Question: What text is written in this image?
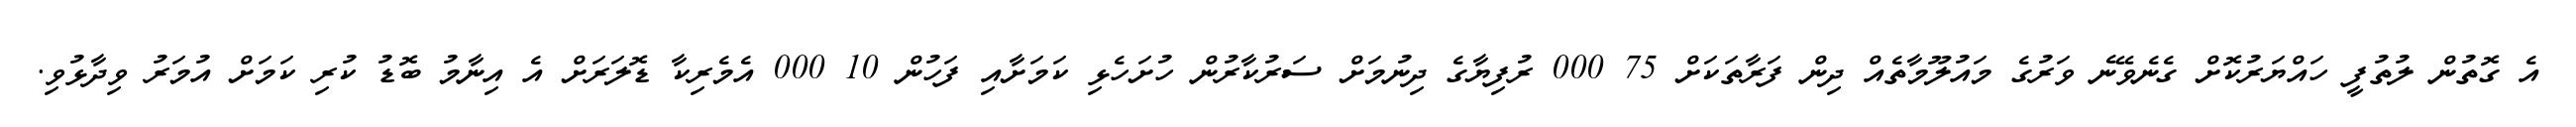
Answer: އެ ގޮތުން ލުތުފީ ހައްޔަރުކޮށް ގެނެވޭނެ ވަރުގެ މައުލޫމާތެއް ދިން ފަރާތަކަށް 75 000 ރުފިޔާގެ ދިނުމަށް ސަރުކާރުން ހުށަހެޅި ކަމަށާއި ފަހުން 10 000 އެމެރިކާ ޑޮލަރަށް އެ އިނާމު ބޮޑު ކުރި ކަމަށް އުމަރު ވިދާޅުވި.